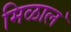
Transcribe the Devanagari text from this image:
मिळाल॓